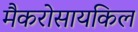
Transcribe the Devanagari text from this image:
मैकरोसायकिल